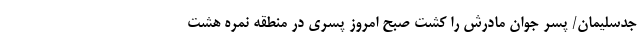
جدسلیمان/ پسر جوان مادرش را کشت صبح امروز پسری در منطقه نمره هشت